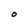
Character: O